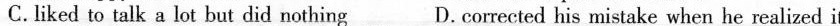
C.liked to talk a lot but did nothing